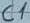
Text: C1